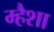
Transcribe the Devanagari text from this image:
म्हैशा